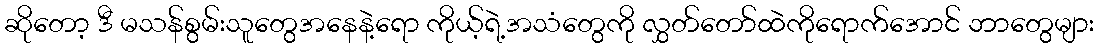
ဆိုတော့ ဒီ မသန်စွမ်းသူတွေအနေနဲ့ရော ကိုယ့်ရဲ့အသံတွေကို လွှတ်တော်ထဲကိုရောက်အောင် ဘာတွေများ